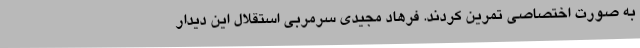
به صورت اختصاصی تمرین کردند. فرهاد مجیدی سرمربی استقلال این دیدار